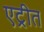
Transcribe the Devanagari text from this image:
एट्रीत